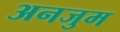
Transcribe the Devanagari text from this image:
अनजुम